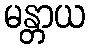
မန္တာယ